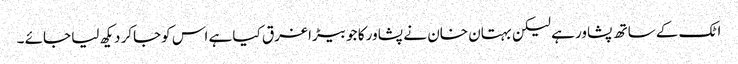
اٹک کے ساتھ پشاور ہے لیکن بہتان خان نے پشاور کا جو بیڑا غرق کیا ہے اس کوجاکر دیکھ لیا جائے ۔